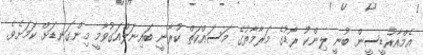
އެމްއާރުޑީސީން ބުނީ ލިންކު ރޯޑުގެ މަރާމާތުގެ މަސައްކަތް ކުރާނީ ބައިނަލްއަގުވާމީ މިންގަނޑަށް ކަމަށެވެ.